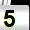
Digit: 5